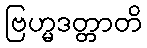
ဗြဟ္မဒတ္တာတိ